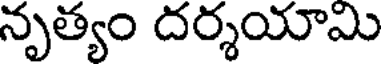
నృత్యం దర్శయామి